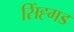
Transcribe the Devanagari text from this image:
सिंह्गड